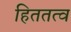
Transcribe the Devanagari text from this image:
हिततत्व